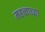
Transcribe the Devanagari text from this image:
महत्त्वाच्य़ा